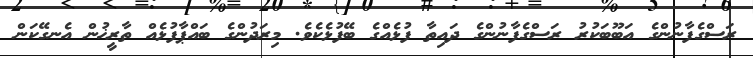
ރަސްގެފާނުންގެ އަބޫބަކުރު ރަސްގެފާނުންގެ ދައިތާ ފުޅެއްގެ ބޭފުޅެކެވެ. މިރަދުންގެ ބައްޕާފުޅެއް ތާރީޚުން އެނގޭކަން